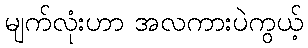
မျက်လုံးဟာ အလကားပဲကွယ့်